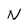
Character: N